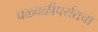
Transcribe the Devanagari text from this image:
चळवळीपर्यंतचा